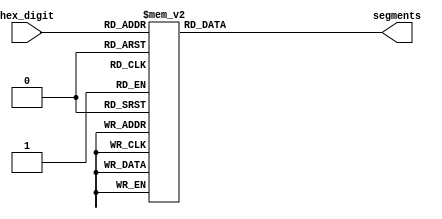
module hex_decoder(hex_digit, segments);
    input [3:0] hex_digit;
    output reg [6:0] segments;

    always @(*)
        case (hex_digit)
            4'h0: segments = 7'b100_0000;
            4'h1: segments = 7'b111_1001;
            4'h2: segments = 7'b010_0100;
            4'h3: segments = 7'b011_0000;
            4'h4: segments = 7'b001_1001;
            4'h5: segments = 7'b001_0010;
            4'h6: segments = 7'b000_0010;
            4'h7: segments = 7'b111_1000;
            4'h8: segments = 7'b000_0000;
            4'h9: segments = 7'b001_1000;
            4'hA: segments = 7'b000_1000;
            4'hB: segments = 7'b000_0011;
            4'hC: segments = 7'b100_0110;
            4'hD: segments = 7'b010_0001;
            4'hE: segments = 7'b000_0110;
            4'hF: segments = 7'b000_1110;
            default: segments = 7'h7f;
        endcase
endmodule


module rate_divider_fast(enable, clkin, clkout, fast);
	input [0:0] enable;
	input clkin;
	input fast;
	output reg [0:0]clkout;
	reg [24:0] count;

	initial begin
		count = 0;
		clkout = 0;
	end

	always @(posedge clkin) begin
		if (enable == 1'b1) begin
			if (fast) begin
				if (count < 1500000)
					count <= count + 1;
				else begin
					count <= 0;
					clkout <= ~clkout;
				end
			end
			else begin
				if (count < 3000000)
					count <= count + 1;
				else begin
					count <= 0;
					clkout <= ~clkout;
				end
			end
		end
	end
endmodule

module rate_divider_slow(enable, clkin, clkout);
	input [0:0] enable;
	input clkin;
	output reg [0:0]clkout;
	reg [24:0] count;

	initial begin
		count = 0;
		clkout = 0;
	end

	always @(posedge clkin) begin
		if (enable == 1'b1) begin
			if (count < 24999999)
				count <= count + 1;
			else begin
				count <= 0;
				clkout <= ~clkout;
			end
		end
	end
endmodule

module timeCount (SW ,CLOCK_50, HEX0, HEX1, HEX2, HEX3, fast_slow);
	input [0:0] SW;
	input CLOCK_50;
	output [6:0] HEX0, HEX1, HEX2, HEX3;
	output fast_slow;
	wire [0:0]clk_out;
	reg [3:0] counter0, counter1, counter2, counter3;
	rate_divider_slow myDivider (SW, CLOCK_50, clk_out);

	initial begin
		counter0 = 0;
		counter1 = 0;
		counter2 = 0;
		counter3 = 0;
	end

	always @(posedge clk_out) begin
		if (counter0 < 4'b1001)begin
			counter0 <= counter0 + 1;
		end
		else begin
			counter0 <= 0;
			counter1 <= counter1 + 1;
		end
		if (counter1 == 4'b1001) begin
			counter1 <= 0;
			counter2 <= counter2 + 1;
		end
		if (counter2 == 4'b1001) begin
			counter2 <= 0;
			counter3 <= counter3 + 1;
		end
	end
	assign fast_slow = (counter1) % 2;
	hex_decoder myHEX0(counter0, HEX0);
	hex_decoder myHEX1(counter1, HEX1);
	hex_decoder myHEX2(counter2, HEX2);
	hex_decoder myHEX3(counter3, HEX3);
endmodule